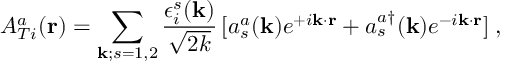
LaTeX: A _ { T i } ^ { a } ( { \bf { r } } ) = \sum _ { { \bf { k } } ; s = 1 , 2 } \frac { \epsilon _ { i } ^ { s } ( { \bf { k } } ) } { \sqrt { 2 k } } \, [ a _ { s } ^ { a } ( { \bf { k } } ) e ^ { + i { \bf { k } } \cdot { \bf { r } } } + a _ { s } ^ { a \dagger } ( { \bf { k } } ) e ^ { - i { \bf { k } } \cdot { \bf { r } } } ] \; ,